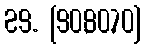
29. [90,80,70]